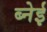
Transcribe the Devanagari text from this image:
ब्नेई